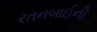
રતનબાઈની